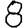
Digit: 8